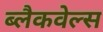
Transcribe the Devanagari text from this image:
ब्‍लैकवेल्‍स